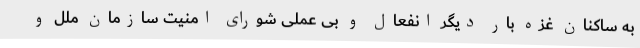
به ساکنان غزه بار دیگر انفعال و بی عملی شورای امنیت سازمان ملل و